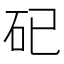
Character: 𥐦